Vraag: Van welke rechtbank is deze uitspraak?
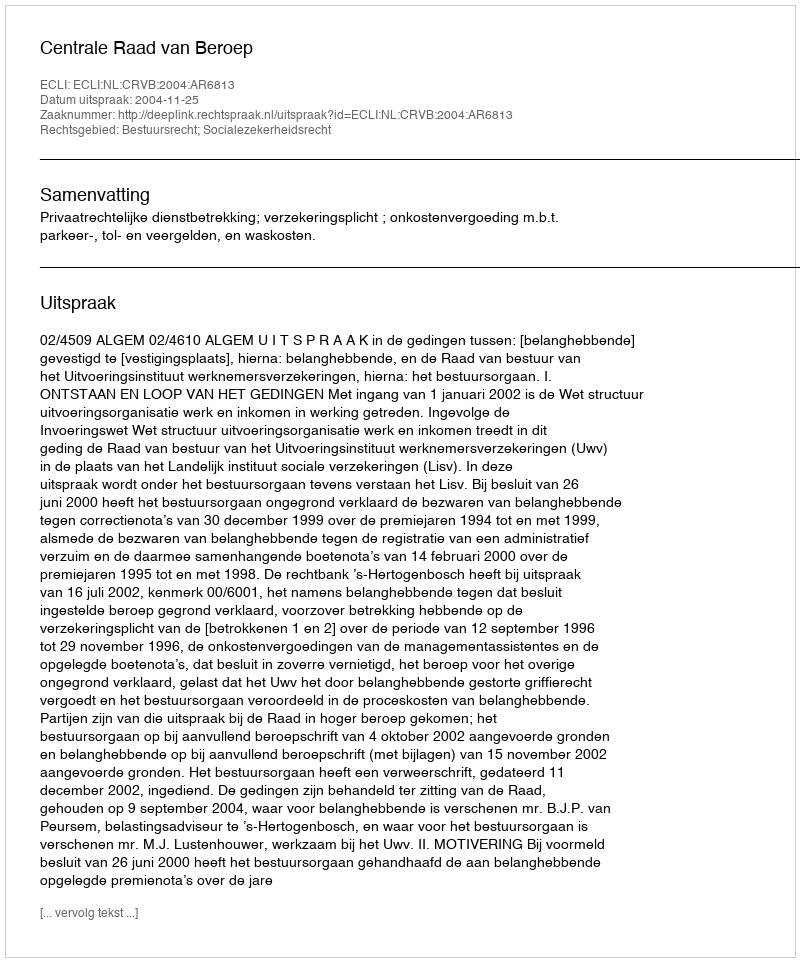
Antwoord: Centrale Raad van Beroep